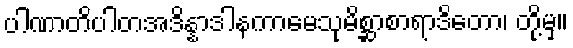
ပါဏာတိပါတအဒိန္နာဒါနကာမေသုမိစ္ဆာစာရာဒိတော၊ တို့မှ။